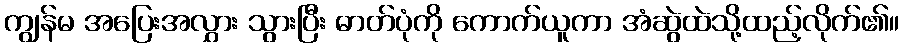
ကျွန်မ အပြေးအလွှား သွားပြီး ဓာတ်ပုံကို ကောက်ယူကာ အံဆွဲထဲသို့ထည့်လိုက်၏။